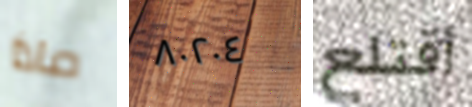
ماذا ٨٠٢٠٤ أقتلع